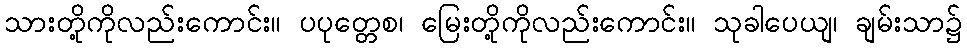
သားတို့ကိုလည်းကောင်း။ ပပုတ္တေစ၊ မြေးတို့ကိုလည်းကောင်း။ သုခါပေယျ၊ ချမ်းသာ၌